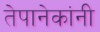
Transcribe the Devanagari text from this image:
तेपानेकांनी